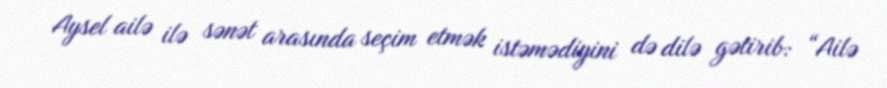
Aysel ailə ilə sənət arasında seçim etmək istəmədiyini də dilə gətirib: “Ailə